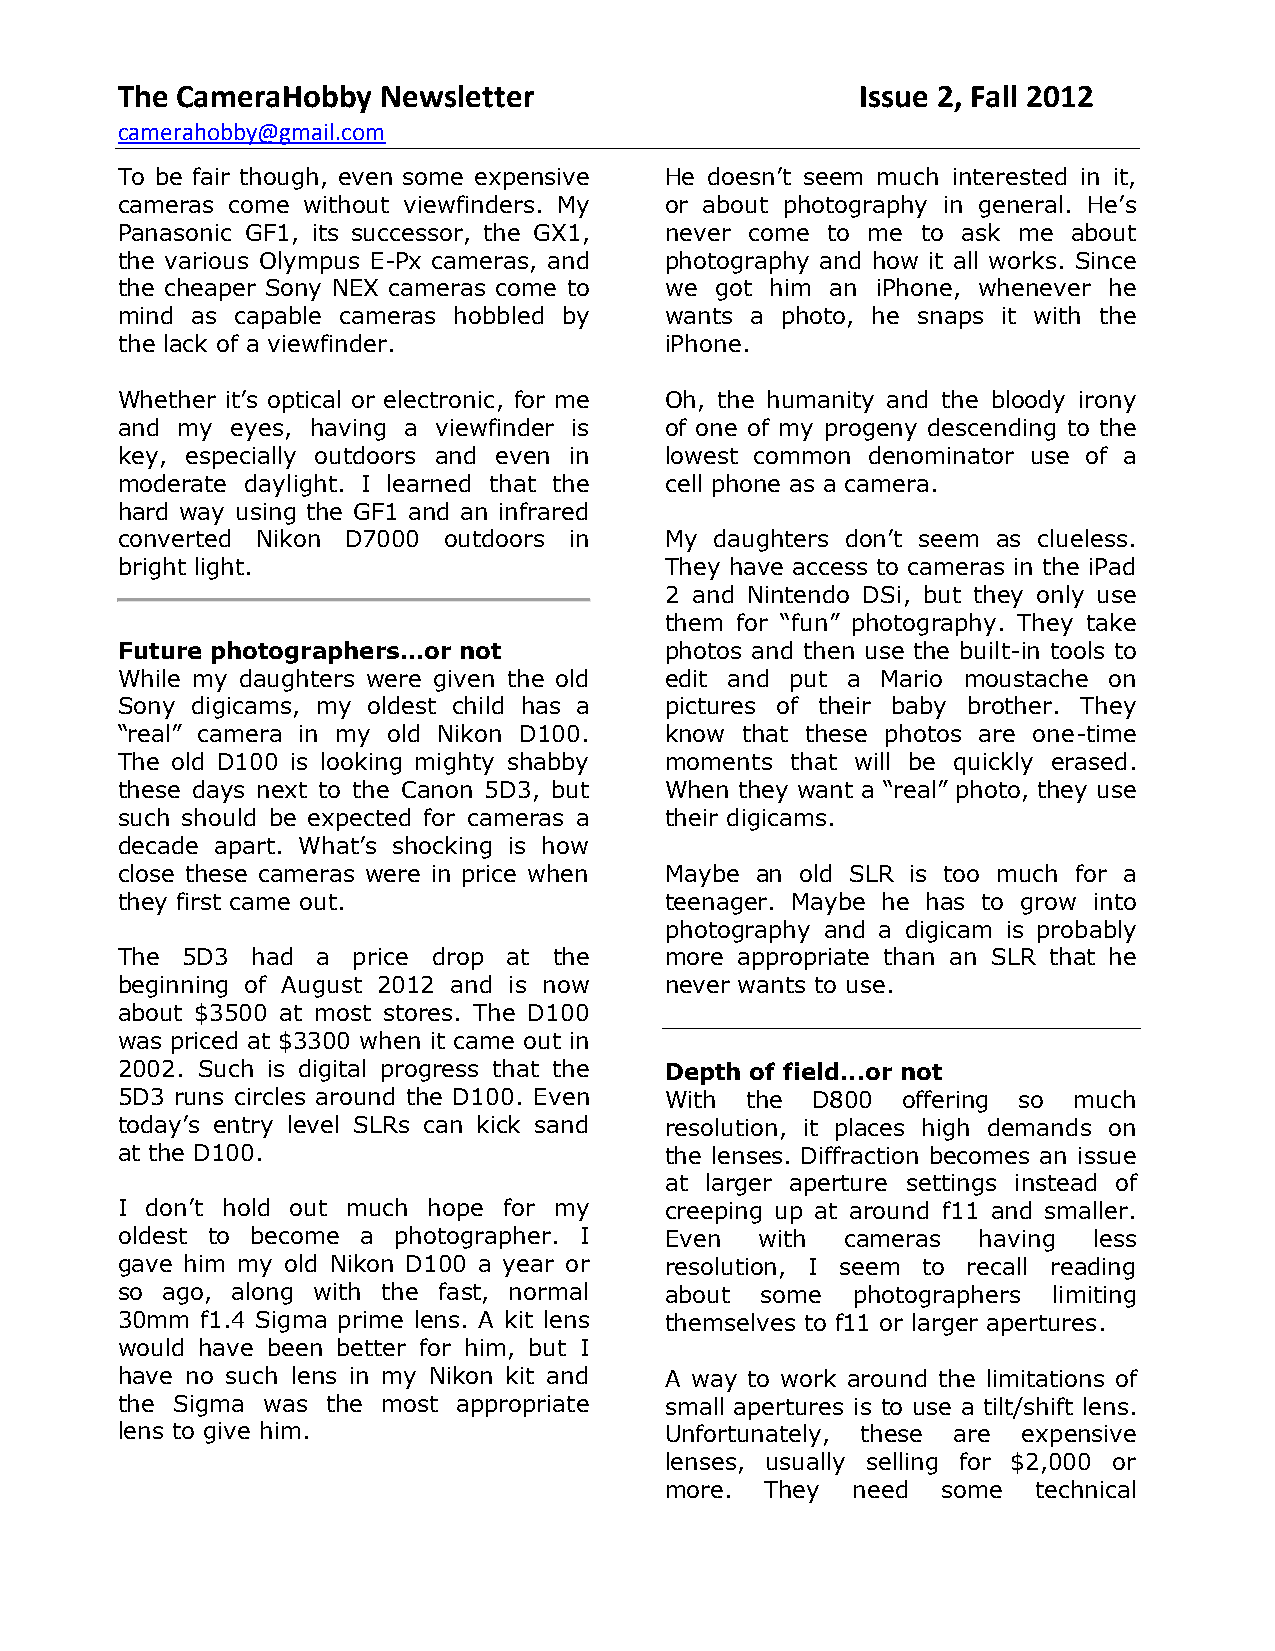
The CameraHobby  Newsletter                      Issue 2, Fall 2012
 camerahobby@gmail.com
 To be fair though, even some expensive He doesn’t seem much interested in it,
 cameras come without viewfinders. My or about photography in general. He’s
 Panasonic GF1, its successor, the GX1, never come to me to ask me about
 the various Olympus E-Px cameras, and photography and how it all works. Since
 the cheaper Sony NEX cameras come to we got him an iPhone, whenever he
 mind as capable cameras hobbled by  wants a photo, he snaps it with the
 the lack of a viewfinder.           iPhone.
 Whether it’s optical or electronic, for me Oh, the humanity and the bloody irony
 and my eyes, having a viewfinder is of one of my progeny descending to the
 key, especially outdoors and even in lowest common denominator use of a
 moderate daylight. I learned that the cell phone as a camera.
 hard way using the GF1 and an infrared
 converted Nikon D7000 outdoors in   My daughters don’t seem as clueless.
 bright light.                       They have access to cameras in the iPad
 2 and Nintendo DSi, but they only use
 them for “fun” photography. They take
 Future photographers...or not       photos and then use the built-in tools to
 While my daughters were given the old edit and put a Mario moustache on
 Sony digicams, my oldest child has a pictures of their baby brother. They
 “real” camera in my old Nikon D100. know that these photos are one-time
 The old D100 is looking mighty shabby moments that will be quickly erased.
 these days next to the Canon 5D3, but When they want a “real” photo, they use
 such should be expected for cameras a their digicams.
 decade apart. What’s shocking is how
 close these cameras were in price when Maybe an old SLR is too much for a
 they first came out.                teenager. Maybe he has to grow into
 photography and a digicam is probably
 The 5D3  had a price drop at the    more appropriate than an SLR that he
 beginning of August 2012 and is now never wants to use.
 about $3500 at most stores. The D100
 was priced at $3300 when it came out in
 2002. Such is digital progress that the Depth of field...or not
 5D3 runs circles around the D100. Even With the D800 offering so much
 today’s entry level SLRs can kick sand resolution, it places high demands on
 at the D100.                        the lenses. Diffraction becomes an issue
 at larger aperture settings instead of
 I don’t hold out much hope for my   creeping up at around f11 and smaller.
 oldest to become a photographer. I  Even  with  cameras  having less
 gave him my old Nikon D100 a year or resolution, I seem to recall reading
 so ago, along with the fast, normal about some  photographers limiting
 30mm f1.4 Sigma prime lens. A kit lens themselves to f11 or larger apertures.
 would have been better for him, but I
 have no such lens in my Nikon kit and A way to work around the limitations of
 the Sigma was the most appropriate  small apertures is to use a tilt/shift lens.
 lens to give him.                   Unfortunately, these are expensive
 lenses, usually selling for $2,000 or
 more.  They need  some   technical